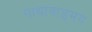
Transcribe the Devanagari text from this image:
गाथावाड्मय